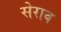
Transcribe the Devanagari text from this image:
सेराव